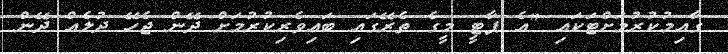
ގާއިމުކުރުމަށްޓަކައި "އެ ޕާޓީ މީގެ ތެރޭގައި ބައިވެރިކުރުމަށް ދޭން ޖެހޭ ދުލެއް ދޭން